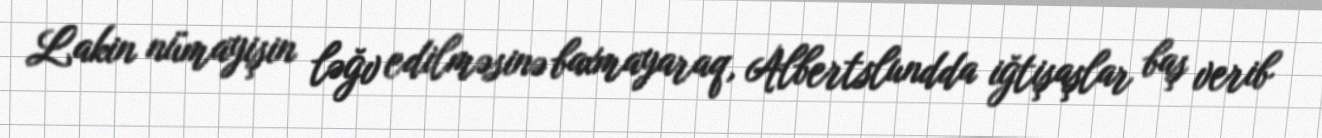
Lakin nümayişin ləğv edilməsinə baxmayaraq, Albertslundda iğtişaşlar baş verib